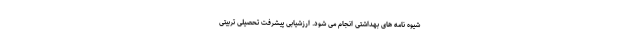
شیوه نامه های بهداشتی انجام می شود. ارزشیابی پیشرفت تحصیلی تربیتی